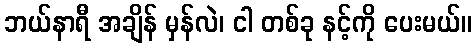
ဘယ်နာရီ အချိန် မှန်လဲ၊ ငါ တစ်ခု နင့်ကို ပေးမယ်။